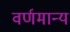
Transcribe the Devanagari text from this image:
वर्णमान्य